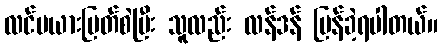
လင်မယားပြတ်စဲပြီး သူလည်း လန်ဒန် ပြန်ခဲ့ရပါတယ်။